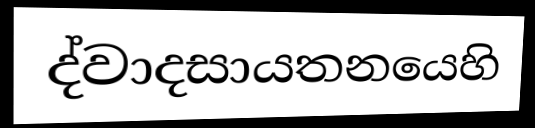
ද්වාදසායතනයෙහි